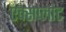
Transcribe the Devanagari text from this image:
एक्सप्लांट